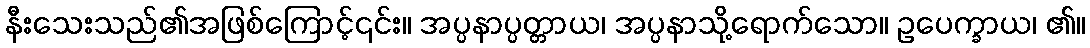
နီးသေးသည်၏အဖြစ်ကြောင့်၎င်း။ အပ္ပနာပ္ပတ္တာယ၊ အပ္ပနာသို့ရောက်သော။ ဥပေက္ခာယ၊ ၏။